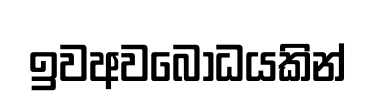
ඉවඅවබෝධයකින්